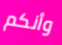
وأنكم